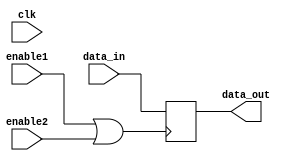
module clock_gating_memory (
    input wire clk,              // System clock
    input wire enable1,          // First enable signal
    input wire enable2,          // Second enable signal
    input wire [7:0] data_in,    // Data input to memory block
    output reg [7:0] data_out     // Data output from memory block
);

// Internal signal for gated clock
wire gated_clk;

// OR gate to combine enable signals
assign gated_clk = enable1 | enable2;

// Memory block - a simple register for example
always @(posedge gated_clk) begin
    data_out <= data_in; // Store data if gated clock is high
end

endmodule